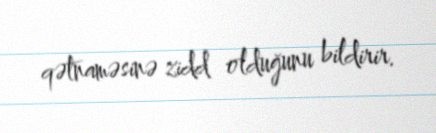
qətnaməsinə zidd olduğunu bildirir.